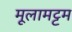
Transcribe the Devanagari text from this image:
मूलामट्टम